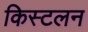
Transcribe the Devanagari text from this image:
किस्टलन